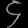
Digit: ၄